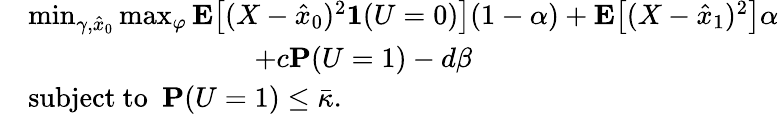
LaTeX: \begin{array}{rl}&{\operatorname*{min}_{\gamma,\hat{x}_{0}}\operatorname*{max}_{\varphi}\mathbf{E}\big[(X-\hat{x}_{0})^{2}\mathbf{1}(U=0)\big](1-\alpha)+\mathbf{E}\big[(X-\hat{x}_{1})^{2}\big]\alpha}\\ &{\qquad\qquad\qquad\qquad+c\mathbf{P}(U=1)-d\beta}\\ &{\mathrm{subject~to~~}\mathbf{P}(U=1)\le\bar{\kappa}.}\end{array}